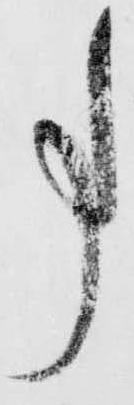
事